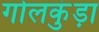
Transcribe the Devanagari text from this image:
गोलकुंड़ा